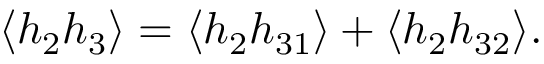
\langle h _ { 2 } h _ { 3 } \rangle = \langle h _ { 2 } h _ { 3 1 } \rangle + \langle h _ { 2 } h _ { 3 2 } \rangle .